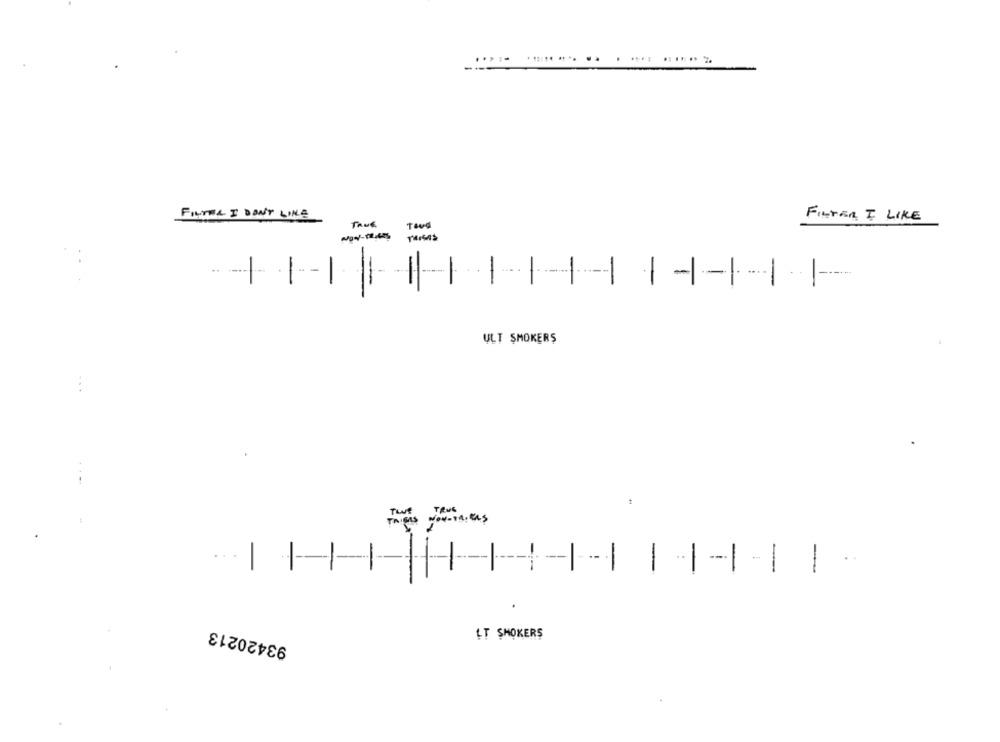
......... .. . .... ......
FILTRA I DON'T LIKE
TRUE
FILTER I LIKE
-
ULT SMOKERS
-
-
-
...
--
-
-
93420213
LT SMOKERS